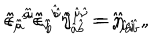
LaTeX: \hat { \epsilon } _ { \hat { \mu } } { } ^ { \hat { a } } \hat { \epsilon } _ { \hat { \nu } } { } ^ { \hat { b } } \hat { \eta } _ { \hat { a } \hat { b } } = \hat { \jmath } _ { \hat { \mu } \hat { \nu } } \, , \hspace { 1 . 5 c m } \hat { \epsilon } _ { \hat { a } } { } ^ { \hat { \mu } } \hat { \epsilon } _ { \hat { b } } { } ^ { \hat { \nu } } \hat { \jmath } ^ { \hat { \mu } \hat { \nu } } = \hat { \eta } _ { \hat { a } \hat { b } } \, ,